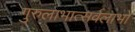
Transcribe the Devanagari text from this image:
गुरुलाभात्सर्वलाभो